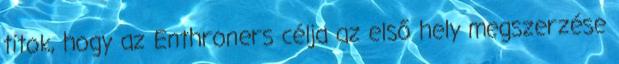
titok, hogy az Enthroners célja az első hely megszerzése